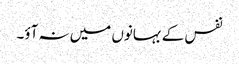
نفس کے بہانوں میں نہ آؤ۔